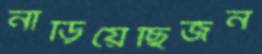
নাড়িয়েছিজন